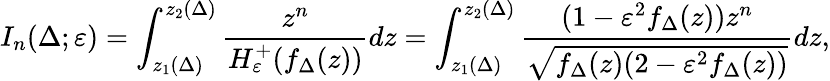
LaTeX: I_{n}(\Delta;\varepsilon)=\int_{z_{1}(\Delta)}^{z_{2}(\Delta)}\frac{z^{n}}{H_{\varepsilon}^{+}(f_{\Delta}(z))}dz=\int_{z_{1}(\Delta)}^{z_{2}(\Delta)}\frac{(1-\varepsilon^{2}f_{\Delta}(z))z^{n}}{\sqrt{f_{\Delta}(z)(2-\varepsilon^{2}f_{\Delta}(z))}}dz,